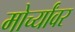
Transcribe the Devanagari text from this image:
मोर्च्यांवर